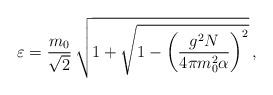
LaTeX: \begin{align*}\varepsilon=\frac{m_0}{\sqrt{2}}\,\sqrt{1+\sqrt{1-\left(\frac{g^2N}{4\pi m_0^2\alpha}\right)^2}}\,,\end{align*}